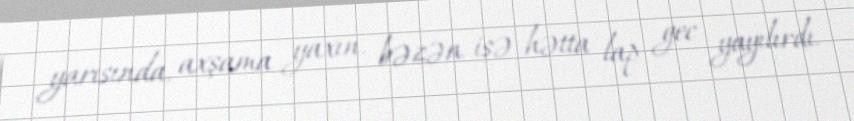
yarısında, axşama yaxın, bəzən isə hətta lap gec yayılırdı.